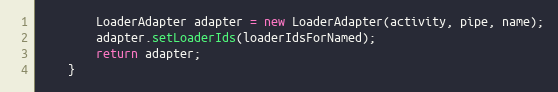
Language: Java
        LoaderAdapter adapter = new LoaderAdapter(activity, pipe, name);
        adapter.setLoaderIds(loaderIdsForNamed);
        return adapter;
    }